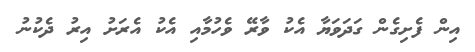
އިން ފެށިގެން ގަދަވަޔާ އެކު ވާރޭ ވެހުމާއި އެކު އެރަށު އިރު ދެކުނު